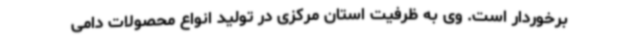
برخوردار است. وی به ظرفیت استان مرکزی در تولید انواع محصولات دامی